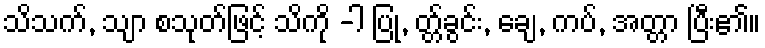
သိသက်, သျာ စသုတ်ဖြင့် သိကို -ါ ပြု, တ္တ်ခွင်း, ချေ, ကပ်, အတ္တာ ပြီး၏။